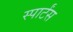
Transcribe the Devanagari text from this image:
स्पार्टंस